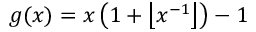
g ( x ) = x \left( 1 + \left\lfloor x ^ { - 1 } \right\rfloor \right) - 1